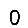
Digit: 0